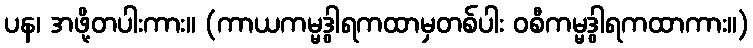
ပန၊ အဖို့တပါးကား။ (ကာယကမ္မဒွါရကထာမှတစ်ပါး ဝစီကမ္မဒွါရကထာကား။)